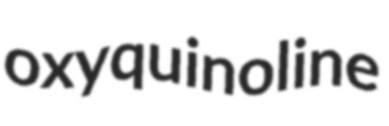
oxyquinoline